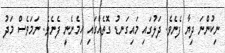
ނިކުންނަ ދިޔާ ފެނެވެ. ދަލުގައި މައިގަނޑު ގޮތެއްގައި ހިމެނެނީ ފެނެވެ. ނަމަވެސް މަދު